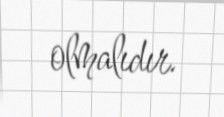
olmalıdır.